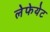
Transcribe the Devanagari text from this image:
लेफेयेट